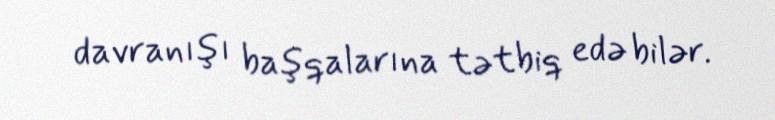
davranışı başqalarına tətbiq edə bilər.